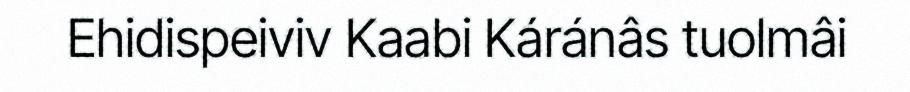
Ehidispeiviv Kaabi Káránâs tuolmâi